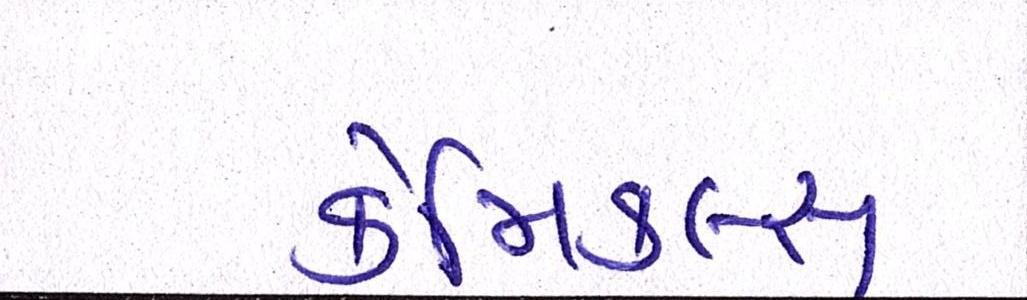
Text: કેમિકલ્સ